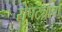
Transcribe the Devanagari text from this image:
रोपट्याचा